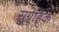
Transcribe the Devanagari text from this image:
सुग्रांहक